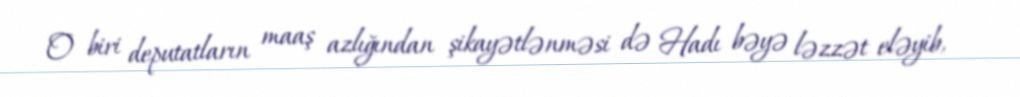
O biri deputatların maaş azlığından şikayətlənməsi də Hadı bəyə ləzzət eləyib,